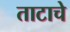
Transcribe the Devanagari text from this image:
ताटाचे